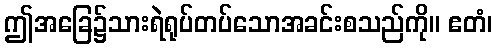
ဤအခြေ၌သားရဲရုပ်တပ်သောအခင်းစသည်ကို။ ဧတံ၊